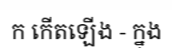
ក កើតឡើង - ក្នុង